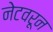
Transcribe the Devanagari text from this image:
नेटवरून